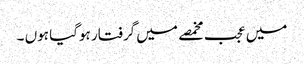
میں عجب مخمصے میں گرفتار ہوگیا ہوں ۔